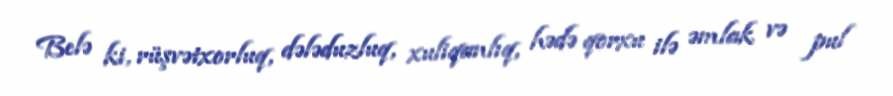
Belə ki, rüşvətxorluq, dələduzluq, xuliqanlıq, hədə qorxu ilə əmlak və pul